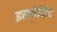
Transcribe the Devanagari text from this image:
इसयेविच